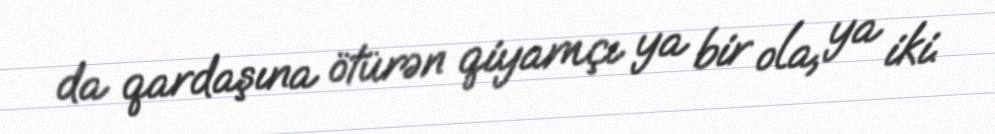
da qardaşına ötürən qiyamçı ya bir ola, ya iki.